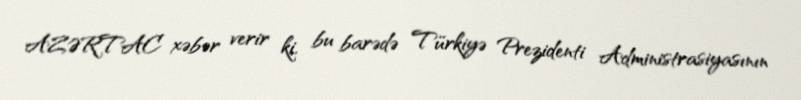
AZƏRTAC xəbər verir ki, bu barədə Türkiyə Prezidenti Administrasiyasının